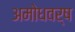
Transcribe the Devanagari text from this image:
अमोधवर्ष